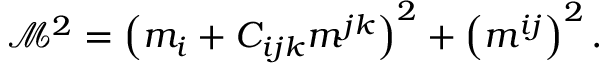
\mathcal { M } ^ { 2 } = \left( m _ { i } + C _ { i j k } m ^ { j k } \right) ^ { 2 } + \left( m ^ { i j } \right) ^ { 2 } .